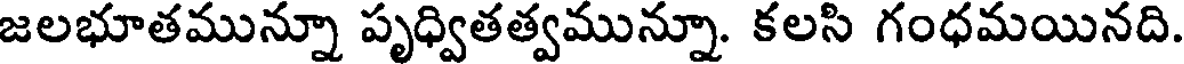
జలభూతమున్నూ పృధ్వితత్వమున్నూ. కలసి గంధమయినది.